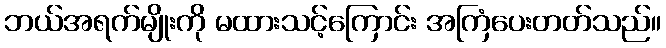
ဘယ်အရက်မျိုးကို မထားသင့်ကြောင်း အကြံပေးတတ်သည်။